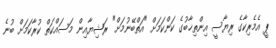
ޕީ އެމެރިކާގެ ރިޔާސީ އިންތިޚާބުގެ ކަންކަމަށް "އަތްބޭނުމަށް" ރަޝިޔާއިން މަސައްކަތް ކުރާކަމަށް ބުނެ